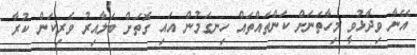
އޭނާ ވިދާޅުވީ މިހާތަނަށް ކަންތައްތައް ހިނގަމުން އައި ގޮތަށް ބަލާއިރު ވެރިކަން ކުރާ